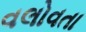
વલોવતા